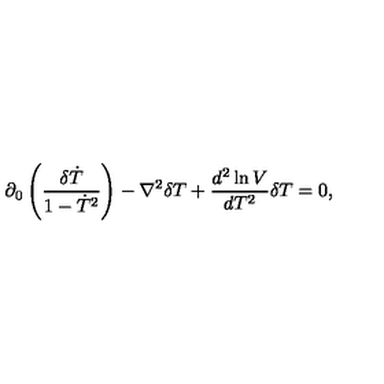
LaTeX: \partial _ { 0 } \left( \frac { \delta \dot { T } } { 1 - \dot { T } ^ { 2 } } \right) - \nabla ^ { 2 } \delta T + \frac { d ^ { 2 } \ln V } { d T ^ { 2 } } \delta T = 0 ,